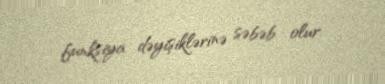
funksiya dəyişiklərinə səbəb olur.